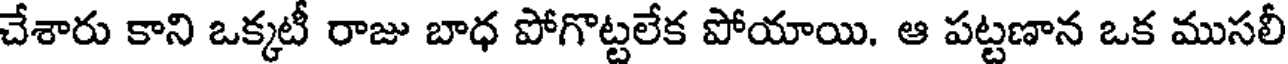
చేశారు కాని ఒక్కటీ రాజు బాధ పోగొట్టలేక పోయాయి. ఆ పట్టణాన ఒక ముసలీ